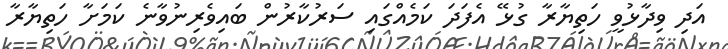
އަދި ވިދާޅުވީ ހަތިޔާރާ ގުޅޭ އެފަދަ ކަމެއްގައި ސަރުކާރުން ބައިވެރިނުވާނެ ކަމަށާ ހަތިޔާރާ